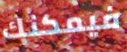
فيمكنك